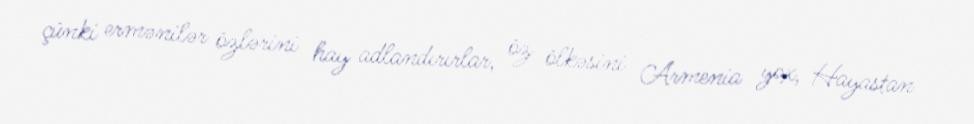
çünki ermənilər özlərini hay adlandırırlar, öz ölkəsini Armenia yox, Hayastan